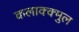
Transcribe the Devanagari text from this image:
कलाक्क्मुल